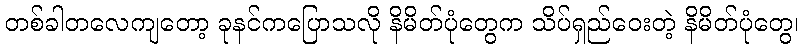
တစ်ခါတလေကျတော့ ခုနင်ကပြောသလို နိမိတ်ပုံတွေက သိပ်ရှည်ဝေးတဲ့ နိမိတ်ပုံတွေ၊